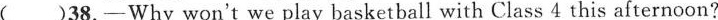
( )38.—Why won't we play basketball with Class 4 this afternoon?